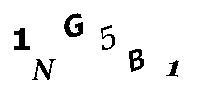
1NG5B1